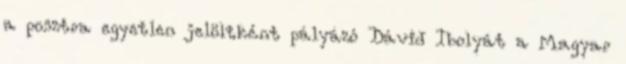
a posztra egyetlen jelöltként pályázó Dávid Ibolyát a Magyar